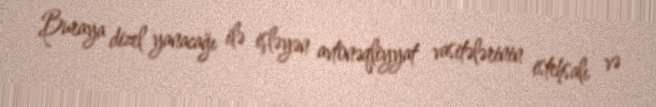
Buraya dizel yanacağı ilə işləyən avtonəqliyyat vasitələrinin istehsalı və